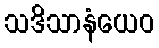
သဒိသာနံယေဝ